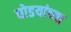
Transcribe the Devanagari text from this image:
घोडयांच्या